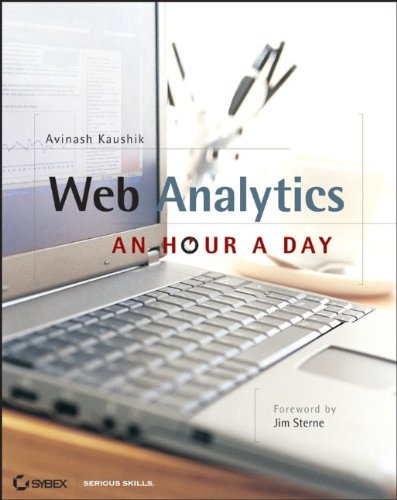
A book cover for Web Analytics: An Hour a Day; Avinash Kaushik; Computers & Technology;